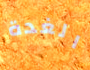
الغدة